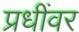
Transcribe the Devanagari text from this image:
प्रधींवर